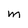
Character: M